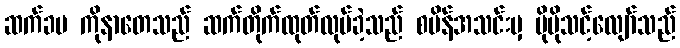
ဆက်ခပ ကိုနာတေသည် ဆက်တိုက်ထုတ်လုပ်ခဲ့သည် စပိန်အသင်းမှ ပိုမိုသင့်လျော်သည်